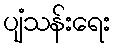
ပျံသန်းရေး